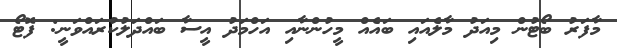
މާފަރު ބޯޓުން މިއަދު މާލެއައި ބައެއް މީހުންނާއި އަހްމަދު އީސާ ބައްދަލުކުރައްވަނީ: ފޮޓޯ